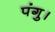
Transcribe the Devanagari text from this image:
पंगु।